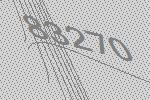
83270